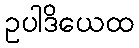
ဥပါဒိယေထ